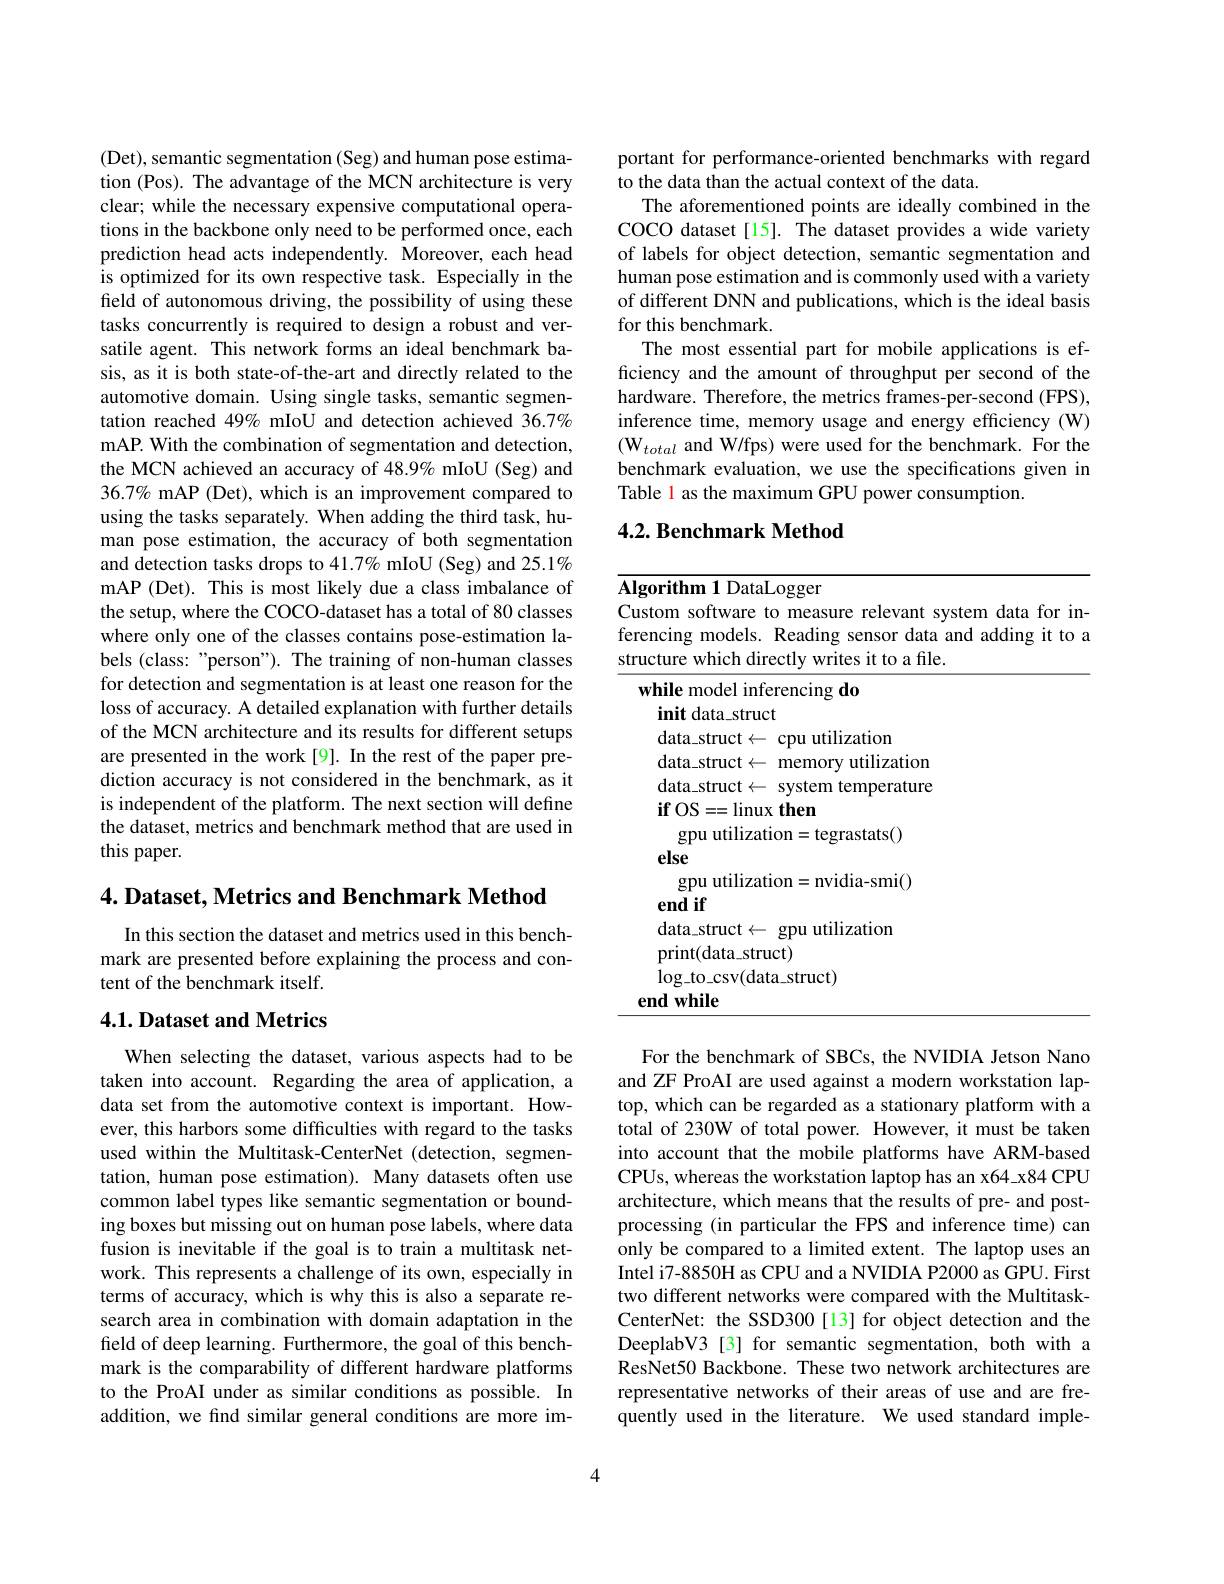
(Det), semantic segmentation(Seg) and human pose estimation (Pos). The advantage of the MCN architecture is very clear; while the necessary expensive computational operations in the backbone only need to be performed once, each prediction head acts independently. Moreover, each head is optimized for its own respective task. Especially in the field of autonomous driving, the possibility of using these tasks concurrently is required to design a robust and versatile agent. This network forms an ideal benchmark basis, as it is both state-of-the-art and directly related to the automotive domain. Using single tasks, semantic segmentation reached 49% mIoU and detection achieved 36.7% mAP. With the combination of segmentation and detection, the MCN achieved an accuracy of 48.9% mIoU (Seg) and $36.7\%$ mAP (Det), which is an improvement compared to using the tasks separately. When adding the third task, human pose estimation, the accuracy of both segmentation and detection tasks drops to 41.7% mIoU (Seg) and 25.1% mAP (Det). This is most likely due a class imbalance of the setup, where the COCO-dataset has a total of 80 classes where only one of the classes contains pose-estimation labels (class: "person"). The training of non-human classes for detection and segmentation is at least one reason for the loss of accuracy. A detailed explanation with further details of the MCN architecture and its results for different setups are presented in the work [9]. In the rest of the paper prediction accuracy is not considered in the benchmark, as it is independent of the platform. The next section will define the dataset, metrics and benchmark method that are used in this paper.

4. Dataset, Metrics and Benchmark Method

In this section the dataset and metrics used in this benchmark are presented before explaining the process and content of the benchmark itself.

## 4.1. Dataset and Metrics

When selecting the dataset, various aspects had to be taken into account. Regarding the area of application, a data set from the automotive context is important. However, this harbors some difficulties with regard to the tasks used within the Multitask-CenterNet (detection, segmentation, human pose estimation). Many datasets often use common label types like semantic segmentation or bounding boxes but missing out on human pose labels, where data fusion is inevitable if the goal is to train a multitask network. This represents a challenge of its own, especially in terms of accuracy, which is why this is also a separate research area in combination with domain adaptation in the field of deep learning. Furthermore, the goal of this benchmark is the comparability of different hardware platforms to the ProAI under as similar conditions as possible. In addition, we find similar general conditions are more im-

portant for performance-oriented benchmarks with regard
to the data than the actual context of the data.
The aforementioned points are ideally combined in the COCO dataset[15]. The dataset provides a wide variety of labels for object detection, semantic segmentation and human pose estimation and is commonly used with a variety of different DNN and publications, which is the ideal basis for this benchmark.
The most essential part for mobile applications is efficiency and the amount of throughput per second of the hardware. Therefore, the metrics frames-per-second (FPS), inference time, memory usage and energy efficiency (W) $(\mathrm{W}_{total}$ and W/fps) were used for the benchmark. For the benchmark evaluation, we use the specifications given in Table 1 as the maximum GPU power consumption.

## 4.2. Benchmark Method

<table>
	<tbody>
		<tr>
			<td>Custom software to measure relevant system da erencing models. Reading sensor data and add structure which directly writes it to a file.</td>
			<td>$\mathbf{u}_{1}\circ\mathbf{b}$ software to measure relevant system data for in g models. Reading sensor data and adding it to 1 which directly writes it to a file.</td>
		</tr>
		<tr>
			<td>$\mathbf{if}$OS==linux then gpu utilization=tegrastats() else</td>
			<td>OS= = linux then ${\mathrm{gpu~utilization=tegrastats()}}$ e</td>
		</tr>
		<tr>
			<td>cliu ll data\_struct$\leftarrow$ gpu utilization print(data_struct)</td>
			<td>11 a$\_$struct$\leftarrow$ gpu utilization ${\mathrm{nt}}({\mathrm{data\_struct}})$</td>
		</tr>
	</tbody>
</table>

For the benchmark of SBCs, the NVIDIA Jetson Nano and ZF ProAI are used against a modern workstation laptop, which can be regarded as a stationary platform with a total of 230W of total power. However, it must be taken into account that the mobile platforms have ARM-based CPUs, whereas the workstation laptop has an x64\_x84 CPU architecture, which means that the results of pre- and postprocessing (in particular the FPS and inference time) can only be compared to a limited extent. The laptop uses an Intel i7-8850H as CPU and a NVIDIA P2000 as GPU. First two different networks were compared with the MultitaskCenterNet: the SSD300[13] for object detection and the DeeplabV3 [3] for semantic segmentation, both with a ResNet50 Backbone. These two network architectures are representative networks of their areas of use and are frequently used in the literature. We used standard imple-

4